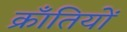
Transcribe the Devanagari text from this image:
क्राँतियों